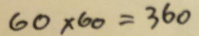
6 0 \times 6 0 = 3 6 0